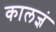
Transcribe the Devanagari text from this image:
कालज्ञं